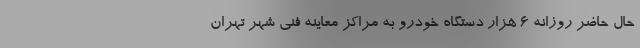
حال حاضر روزانه 6 هزار دستگاه خودرو به مراکز معاینه فنی شهر تهران